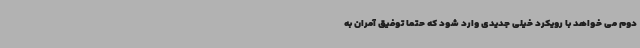
دوم می خواهد با رویکرد خیلی جدیدی وارد شود که حتما توفیق آمران به